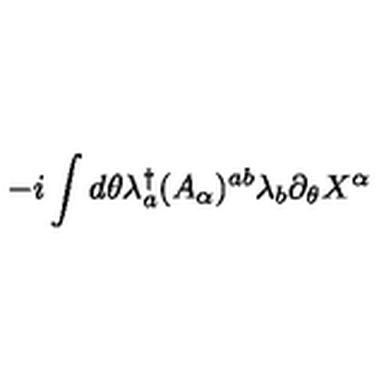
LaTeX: - i \int d \theta \lambda _ { a } ^ { \dag } ( A _ { \alpha } ) ^ { a b } \lambda _ { b } \partial _ { \theta } X ^ { \alpha }